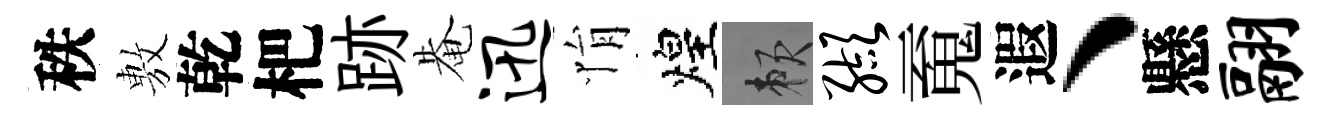
秩𢾾乾杷跡𤲅迅悁煌賴缬䰟遐、懸翮